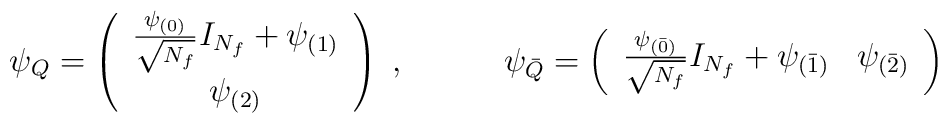
\psi _{Q}  = \left ( \begin{array}{c}    \frac{\psi_{(0)}}{\sqrt{N_{f}}}I_{N_{f}} +\psi_{(1)} \\ \psi_{(2)} \\        \end{array}\right )\; , \qquad \quad \psi _{\bar Q}  = \left ( \begin{array}{cc}  \frac{\psi _{(\bar 0)}}{\sqrt{N_{f}}}I_{N_{f}} + \psi _{(\bar 1)} &  \psi _{(\bar 2)}\\         \end{array} \right )